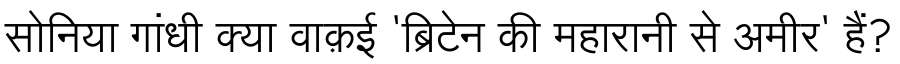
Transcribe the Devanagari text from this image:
सोनिया गांधी क्या वाक़ई 'ब्रिटेन की महारानी से अमीर' हैं?